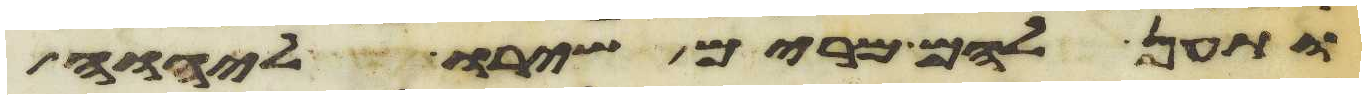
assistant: ותען להם מרים שירו ליהוה